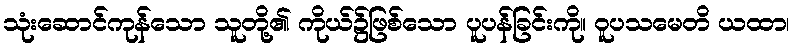
သုံးဆောင်ကုန်သော သူတို့၏ ကိုယ်၌ဖြစ်သော ပူပန်ခြင်းကို။ ဝူပသမေတိ ယထာ၊